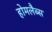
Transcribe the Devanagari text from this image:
होमलैब्स